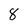
Character: 8